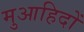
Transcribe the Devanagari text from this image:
मुआहिदों